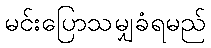
မင်းပြောသမျှခံရမည်